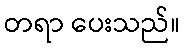
တရာ ပေးသည်။